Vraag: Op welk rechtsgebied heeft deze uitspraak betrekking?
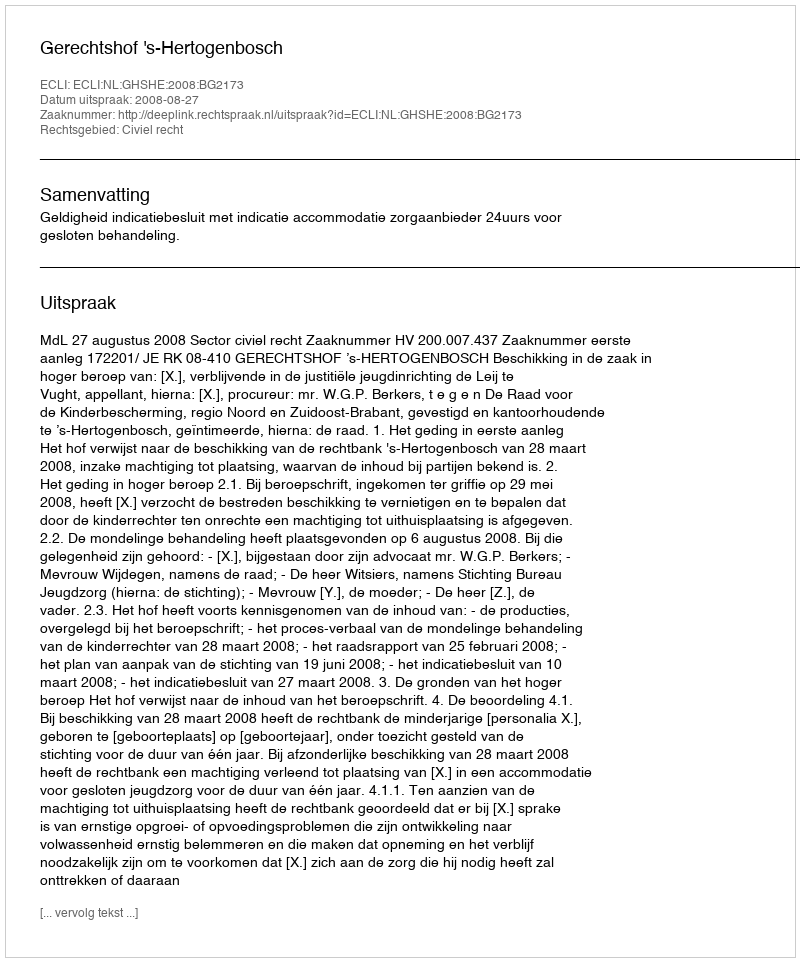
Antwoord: Civiel recht